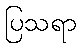
ပြသရာ